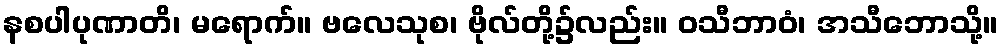
နစပါပုဏာတိ၊ မရောက်။ ဗလေသုစ၊ ဗိုလ်တို့၌လည်း။ ဝသီဘာဝံ၊ အသီဘောသို့။